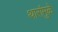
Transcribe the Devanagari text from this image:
थारांमुळे